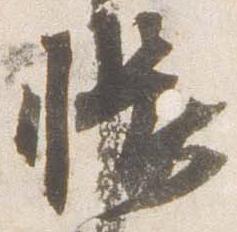
帳